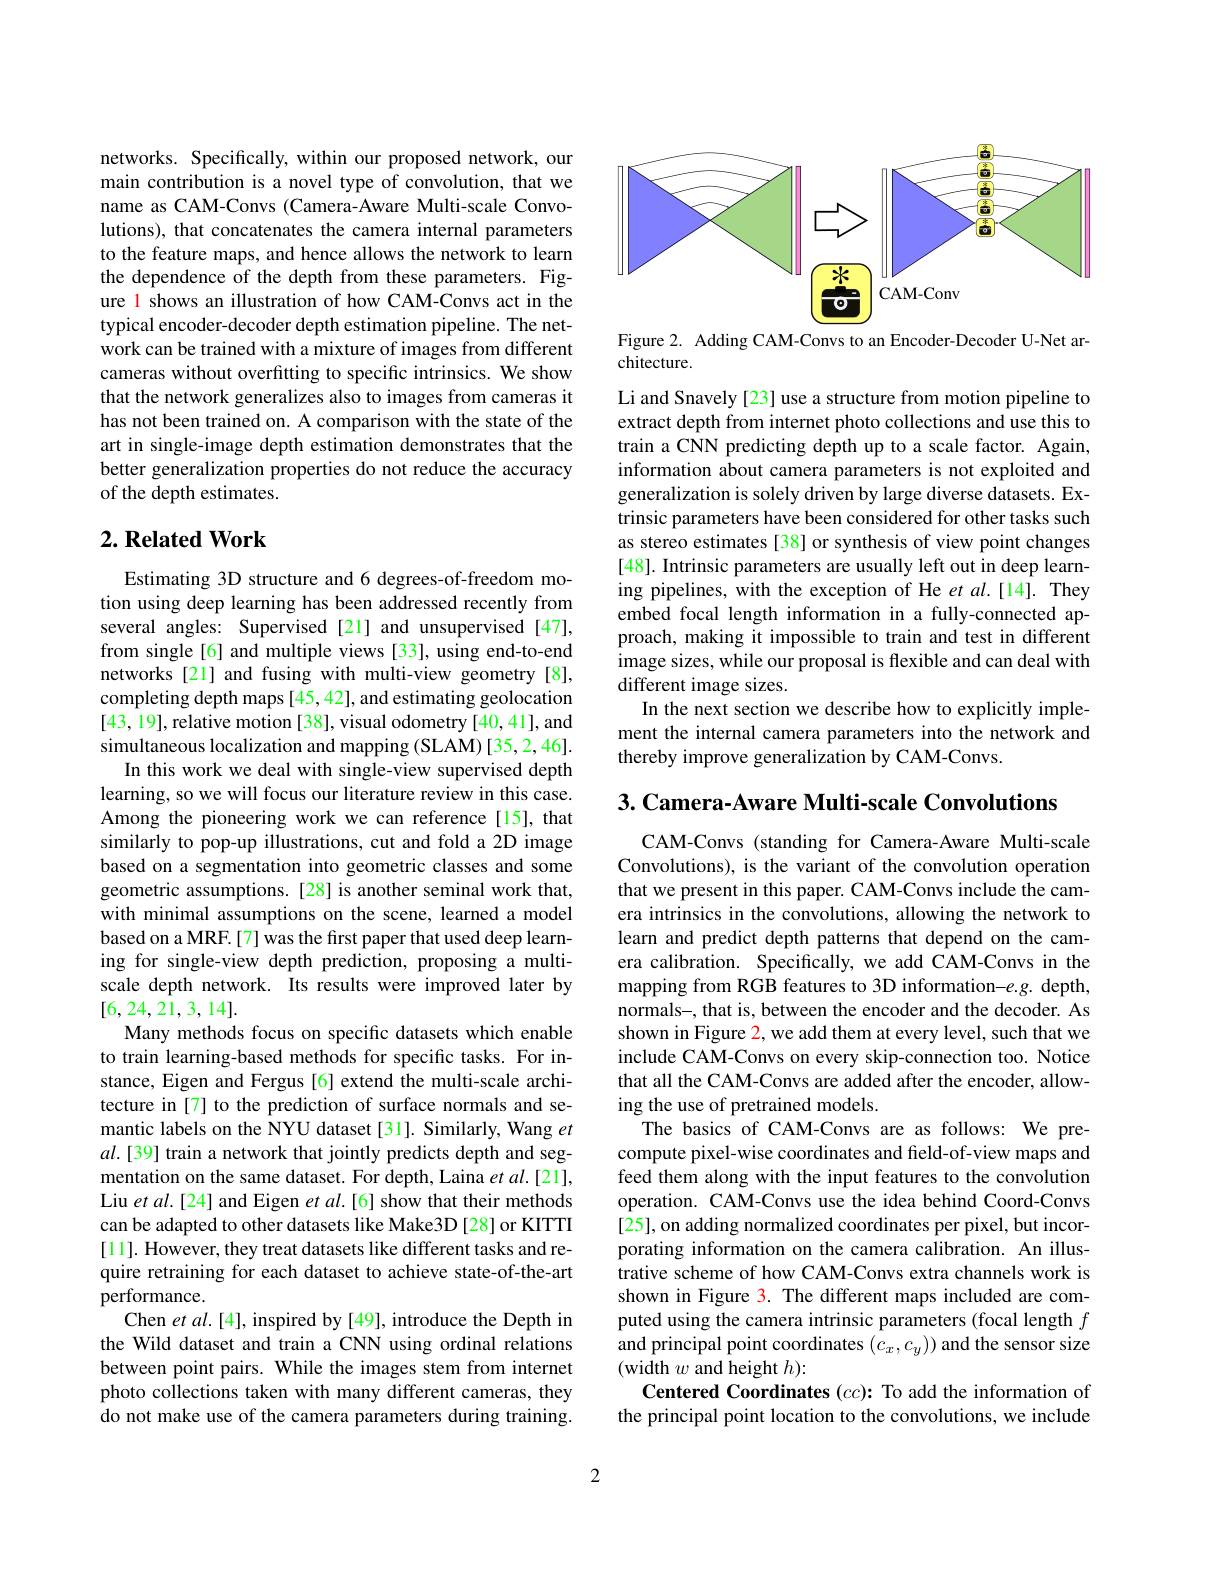
networks. Specifically, within our proposed network, our main contribution is a novel type of convolution, that we name as CAM-Convs (Camera-Aware Multi-scale Convolutions), that concatenates the camera internal parameters to the feature maps, and hence allows the network to learn the dependence of the depth from these parameters. Figure l shows an illustration of how CAM-Convs act in the typical encoder-decoder depth estimation pipeline. The network can be trained with a mixture of images from different cameras without overfitting to specific intrinsics. We show that the network generalizes also to images from cameras it has not been trained on. A comparison with the state of the art in single-image depth estimation demonstrates that the better generalization properties do not reduce the accuracy of the depth estimates.

## $2. \textbf{ Related Work}$

Estimating 3D structure and 6 degrees-of-freedom motion using deep learning has been addressed recently from several angles: Supervised[21] and unsupervised [47], from single[6] and multiple views [33], using end-to-end networks [21] and fusing with multi-view geometry[8], completing depth maps [45,42], and estimating geolocation [43,19],relative motion [38], visual odometry [40,41], and simultaneous localization and mapping (SLAM) [35,2,46].
In this work we deal with single-view supervised depth learning, so we will focus our literature review in this case. Among the pioneering work we can reference[15], that similarly to pop-up illustrations, cut and fold a 2D image based on a segmentation into geometric classes and some geometric assumptions.[28] is another seminal work that, with minimal assumptions on the scene, learned a model based on a MRF.[7] was the first paper that used deep learning for single-view depth prediction, proposing a multiscale depth network. Its results were improved later by [6,24,21,3,14].
Many methods focus on specific datasets which enable to train learning-based methods for specific tasks. For instance, Eigen and Fergus [6] extend the multi-scale architecture in [7] to the prediction of surface normals and semantic labels on the NYU dataset [31]. Similarly, Wang $et$ $al.[39]$ train a network that jointly predicts depth and segmentation on the same dataset. For depth, Laina et al.[21], Liu et al.[24] and Eigen et al.[6] show that their methods can be adapted to other datasets like Make3D [28] or KITTI [11]. However, they treat datasets like different tasks and require retraining for each dataset to achieve state-of-the-art performance.
Chen $etal.[4]$, inspired by [49], introduce the Depth in the Wild dataset and train a CNN using ordinal relations between point pairs. While the images stem from internet photo collections taken with many different cameras, they do not make use of the camera parameters during training.

<FigureHere>
Figure 2. Adding CAM-Convs to an Encoder-Decoder U-Net ar-

chitecture.

Li and Snavely [23] use a structure from motion pipeline to extract depth from internet photo collections and use this to train a CNN predicting depth up to a scale factor. Again, information about camera parameters is not exploited and generalization is solely driven by large diverse datasets. Extrinsic parameters have been considered for other tasks such as stereo estimates [38] or synthesis of view point changes [48]. Intrinsic parameters are usually left out in deep learning pipelines, with the exception of He et $al.[14].$ They embed focal length information in a fully-connected approach, making it impossible to train and test in different image sizes, while our proposal is flexible and can deal with different image sizes.
In the next section we describe how to explicitly implement the internal camera parameters into the network and thereby improve generalization by CAM-Convs.

3. Camera- Aware Multi-scale Convolutions

CAM-Convs (standing for Camera-Aware Multi-scale Convolutions), is the variant of the convolution operation that we present in this paper. CAM-Convs include the camera intrinsics in the convolutions, allowing the network to learn and predict depth patterns that depend on the camera calibration. Specifically, we add CAM-Convs in the mapping from RGB features to 3D information-e.g. depth, normals-, that is, between the encoder and the decoder. As shown in Figure 2, we add them at every level, such that we include CAM-Convs on every skip-connection too. Notice that all the CAM-Convs are added after the encoder, allowing the use of pretrained models.
The basics of CAM-Convs are as follows: We precompute pixel-wise coordinates and field-of-view maps and feed them along with the input features to the convolution operation. CAM-Convs use the idea behind Coord-Convs [25], on adding normalized coordinates per pixel, but incorporating information on the camera calibration. An illustrative scheme of how CAM-Convs extra channels work is shown in Figure 3. The different maps included are computed using the camera intrinsic parameters (focal length $f$ and principal point coordinates $(c_x,c_y))$ and the sensor size (width $w$ and height $h):$
Centered Coordinates $(cc)\colon$ To add the information of the principal point location to the convolutions, we include

2